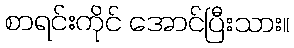
စာရင်းကိုင် အောင်ပြီးသား။